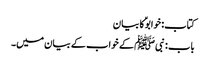
کتاب: خوابوؑ کا بیان
باب : نبیﷺ کے خواب کے بیان میں۔